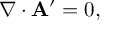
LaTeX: \nabla \cdot { \bf A } ^ { \prime } = 0 ,